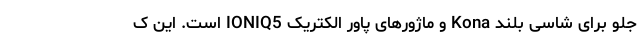
جلو برای شاسی بلند Kona و ماژورهای پاور الکتریک IONIQ5 است. این ک